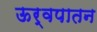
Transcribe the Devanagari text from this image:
ऊर्वपातन